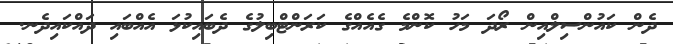
ދެން ކައުންސިލްއިން ރޯދަ މަހު ކޮންމެ ގެއެއްގެ ކަރަންޓްބިލުގެ ދެބައިކުޅަ އެއްބައި ދައްކައިދެނ.